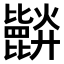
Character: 𣬘